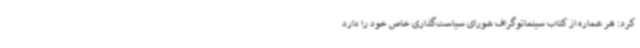
کرد: هر شماره از کتاب سینماتوگراف شورای سیاست‌گذاری خاص خود را دارد